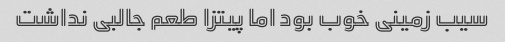
سیب زمینی خوب بود اما پیتزا طعم جالبی نداشت